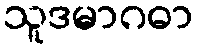
သူဒမာဂဓာ